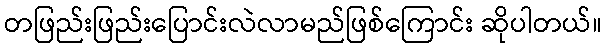
တဖြည်းဖြည်းပြောင်းလဲလာမည်ဖြစ်ကြောင်း ဆိုပါတယ်။